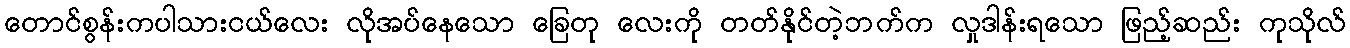
တောင်စွန်းကပါသားငယ်လေး လိုအပ်နေသော ခြေတု လေးကို တတ်နိုင်တဲ့ဘက်က လှုဒါန်းရသော ဖြည့်ဆည်း ကုသိုလ်